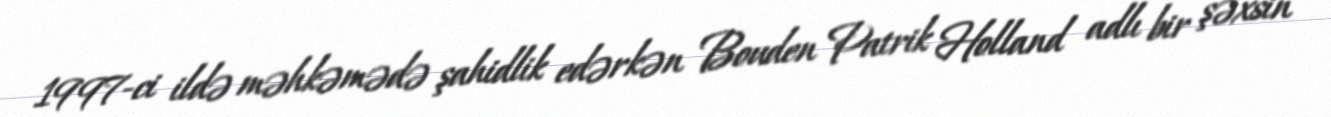
1997-ci ildə məhkəmədə şahidlik edərkən Bouden Patrik Holland adlı bir şəxsin